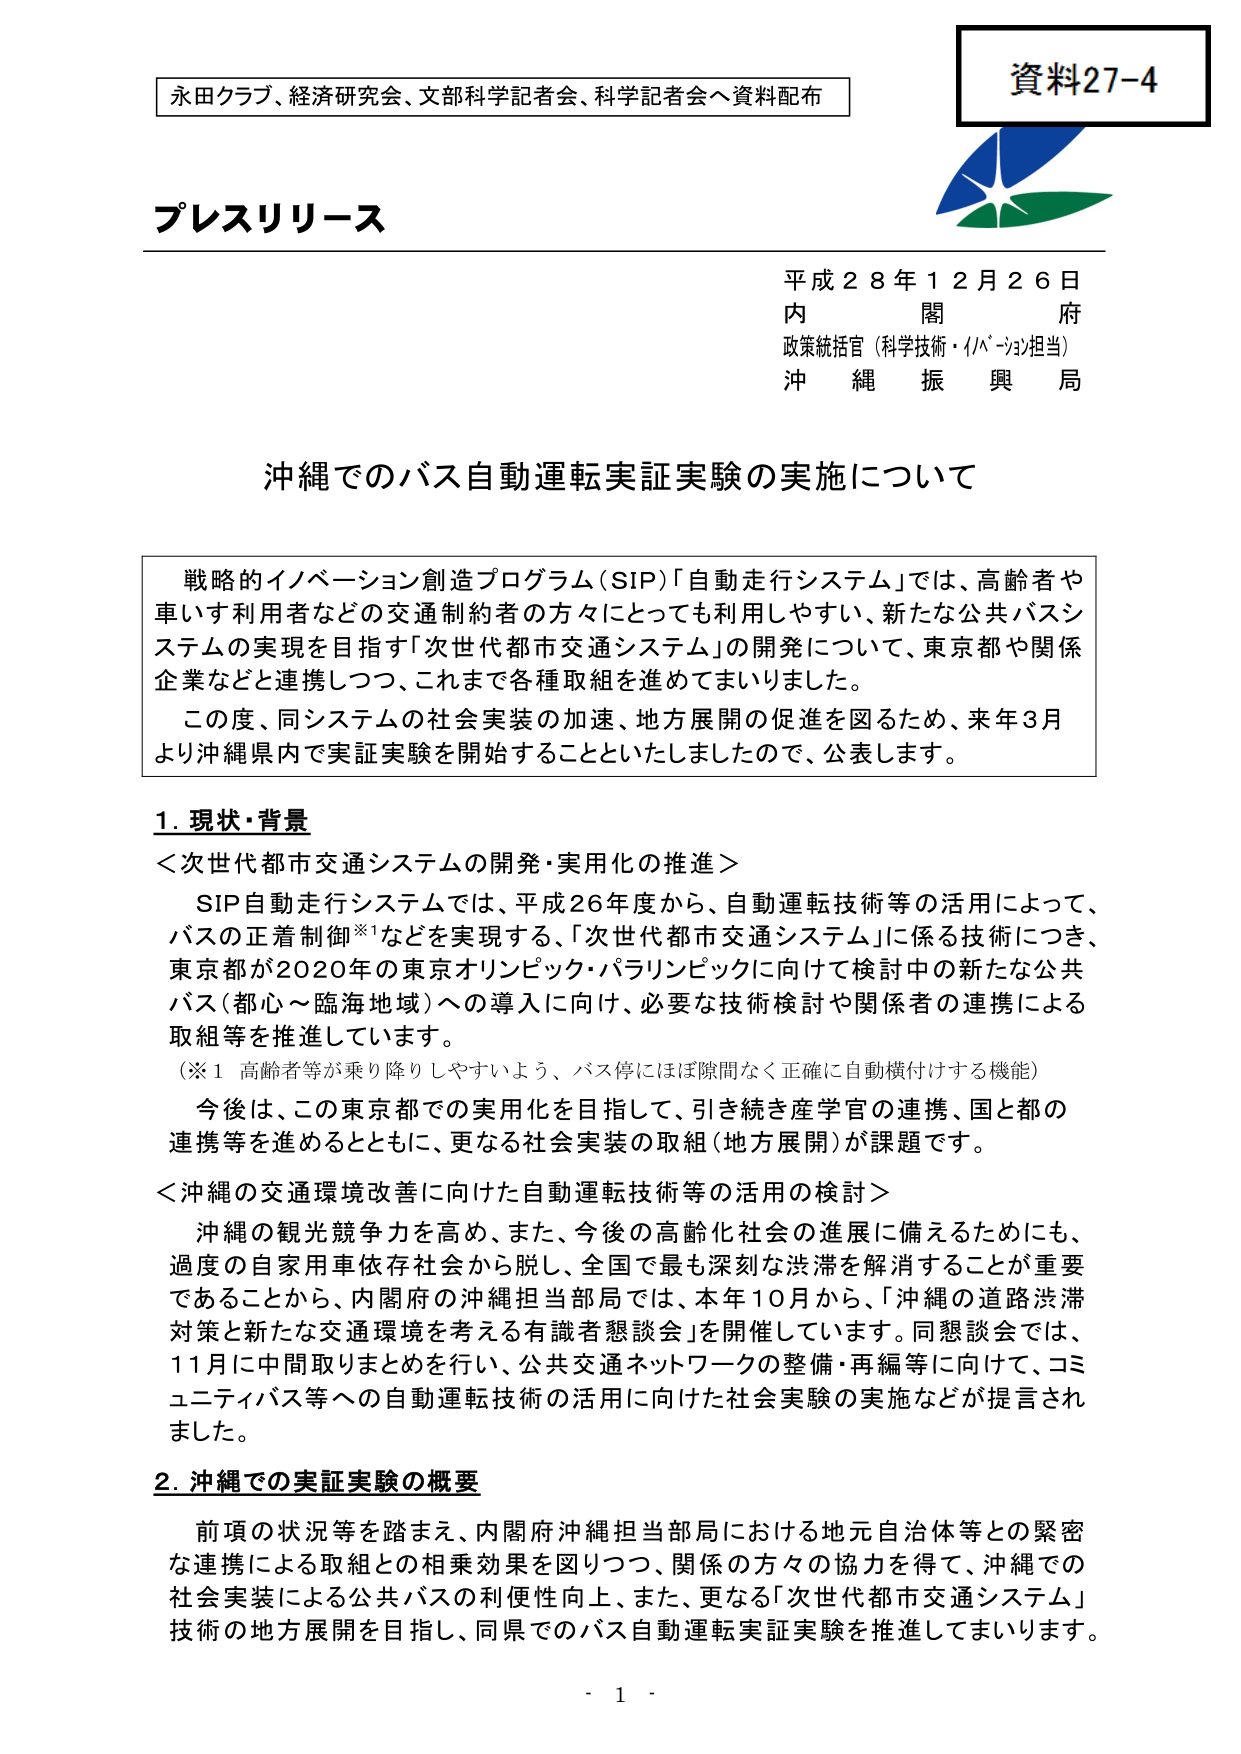
資料27-4
永田クラブ、経済研究会、文部科学記者会、科学記者会へ資料配布

プレスリリース

平成28年12月26日
内　閣　府
政策統括官（科学技術・イノベーション担当）
沖　縄　振　興　局

沖縄でのバス自動運転実証実験の実施について

戦略的イノベーション創造プログラム（SIP）「自動走行システム」では、高齢者や車いす利用者などの交通制約者の方々にとっても利用しやすい、新たな公共バスシステムの実現を目指す「次世代都市交通システム」の開発について、東京都や関係企業などと連携しつつ、これまで各種取組を進めてまいりました。
この度、同システムの社会実装の加速、地方展開の促進を図るため、来年3月より沖縄県内で実証実験を開始することといたしましたので、公表します。

1. 現状・背景
＜次世代都市交通システムの開発・実用化の推進＞
　SIP自動走行システムでは、平成26年度から、自動運転技術等の活用によって、バスの正着制御※1などを実現する、「次世代都市交通システム」に係る技術につき、東京都が2020年の東京オリンピック・パラリンピックに向けて検討中の新たな公共バス（都心～臨海地域）への導入に向け、必要な技術検討や関係者の連携による取組等を推進しています。
（※1 高齢者等が乗り降りしやすいよう、バス停にはほぼ隙間なく正確に自動横付けする機能）
　今後は、この東京都での実用化を目指して、引き続き産学官の連携、国と都の連携等を進めるとともに、更なる社会実装の取組（地方展開）が課題です。

＜沖縄の交通環境改善に向けた自動運転技術等の活用の検討＞
　沖縄の観光競争力を高め、また、今後の高齢化社会の進展に備えるためにも、過度の自家用車依存社会から脱し、全国で最も深刻な渋滞を解消することが重要であることから、内閣府の沖縄担当部局では、本年10月から、「沖縄の道路渋滞対策と新たな交通環境を考える有識者懇談会」を開催しています。同懇談会では、11月に中間取りまとめを行い、公共交通ネットワークの整備・再編等に向けて、コミュニティバス等への自動運転技術の活用に向けた社会実験の実施などが提言されました。

2. 沖縄での実証実験の概要
　前項の状況等を踏まえ、内閣府沖縄担当部局における地元自治体等との緊密な連携による取組との相乗効果を図りつつ、関係の方々の協力を得て、沖縄での社会実装による公共バスの利便性向上、また、更なる「次世代都市交通システム」技術の地方展開を目指し、同県でのバス自動運転実証実験を推進してまいります。

- 1 -